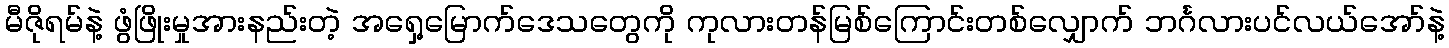
မီဇိုရမ်နဲ့ ဖွံဖြိုးမှုအားနည်းတဲ့ အရှေ့မြောက်ဒေသတွေကို ကုလားတန်မြစ်ကြောင်းတစ်လျှောက် ဘင်္ဂလားပင်လယ်အော်နဲ့